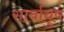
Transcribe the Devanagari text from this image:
सार्वायुष